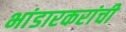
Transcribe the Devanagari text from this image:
भांडारकरांची